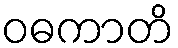
ဝဓကာတိ